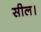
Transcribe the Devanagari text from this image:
सील।